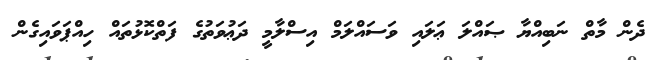
ދެން މާތް ނަބިއްޔާ ޞައްލަ ޢަލައި ވަސައްލަމް އިސްލާމީ ދަޢުވަތުގެ ފަތްކޮޅުތައް ހިއްޕަވައިގެން